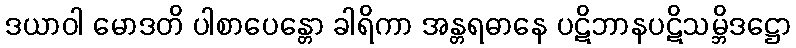
ဒယာဝါ မောဒတိ ပါစာပေန္တော ခါရိကာ အန္တရဓာနေ ပဋိဘာနပဋိသမ္ဘိဒဋ္ဌော